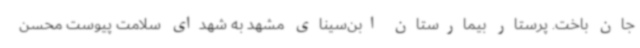
جان باخت. پرستار بیمارستان ابن‌سینای مشهد به شهدای سلامت پیوست محسن